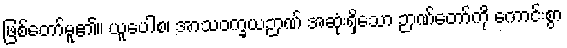
ဖြစ်တော်မူ၏။ ယူပေါစ၊ အာသဝက္ခယဉာဏ် အဆုံးရှိသော ဉာဏ်တော်ကို ကောင်းစွာ